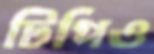
টিপিও